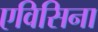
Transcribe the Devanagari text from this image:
एविसिना